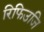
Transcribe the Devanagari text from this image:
रिफिउजि